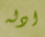
ادله